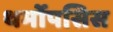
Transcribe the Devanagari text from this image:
थर्मोपसिस